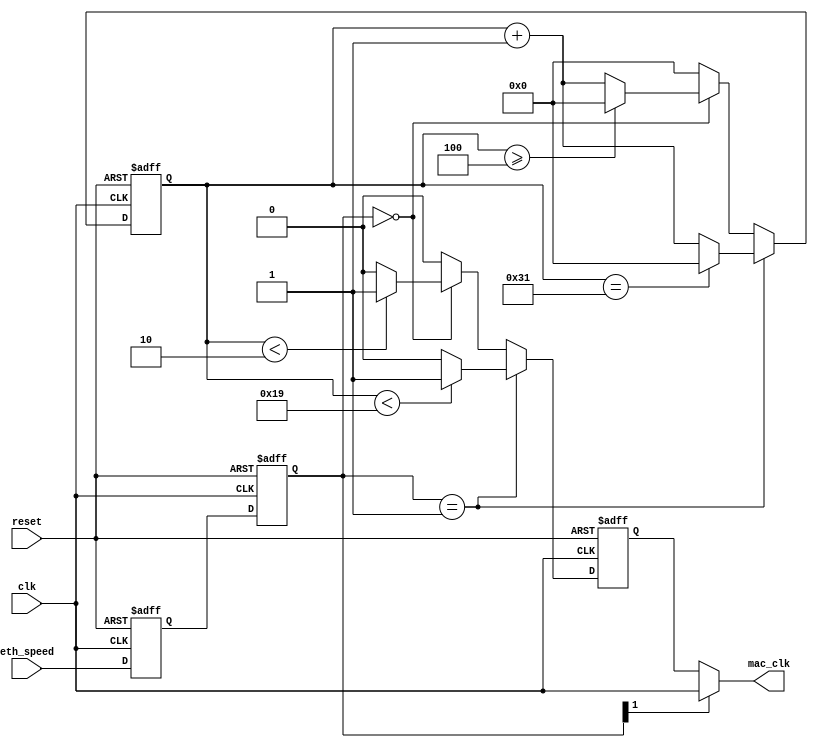
module rgmii_clk_div (

   reset,
   clk,
   eth_speed,
   mac_clk);
   
input   reset;                  //  Asynchronous Reset
input   clk;                    //  125MHz Reference Clock
input   [1:0] eth_speed;        //  Speed Selection   
output  mac_clk;                //  MAC Clock

reg     mac_clk/* synthesis ALTERA_ATTRIBUTE="PRESERVE_REGISTER=ON" */; 
reg     [1:0] eth_speed_reg1; 
reg     [1:0] eth_speed_reg2; 
reg     [5:0] clk_cnt; 
reg     clk_int; 

always @(posedge reset or posedge clk)
   begin : process_1
   if (reset == 1'b 1)
      begin
      eth_speed_reg1 <= 2'b 10;   
      eth_speed_reg2 <= 2'b 10;   
      end
   else
      begin
      eth_speed_reg1 <= eth_speed;   
      eth_speed_reg2 <= eth_speed_reg1;   
      end
   end

always @(posedge reset or posedge clk)
   begin : process_2
   if (reset == 1'b 1)
      begin
      clk_cnt <= {6{1'b 0}};   
      end
   else
      begin
      if (eth_speed_reg2 == 1'b 01)
         begin
         if (clk_cnt == 6'd 49)
            begin
            clk_cnt <= {6{1'b 0}};   
            end
         else
            begin
            clk_cnt <= clk_cnt + 6'h 1;   
            end
         end
      else if (eth_speed_reg2 == 2'b 00 )
         begin
         if (clk_cnt >= 6'h 4)
            begin
            clk_cnt <= {6{1'b 0}};   
            end
         else
            begin
            clk_cnt <= clk_cnt + 6'h 1;   
            end
         end
      else
         begin
         clk_cnt <= {6{1'b 0}};   
         end
      end
   end

always @(posedge reset or posedge clk)
   begin : process_3
   if (reset == 1'b 1)
      begin
      clk_int <= 1'b 0;   
      end
   else
      begin
      if (eth_speed_reg2 == 2'b 01)
         begin
         if (clk_cnt < 6'h 19)
            begin
            clk_int <= 1'b 1;   
            end
         else
            begin
            clk_int <= 1'b 0;   
            end
         end
      else if (eth_speed_reg2 == 2'b 00 )
         begin
         if (clk_cnt < 6'h 2)
            begin
            clk_int <= 1'b 1;   
            end
         else
            begin
            clk_int <= 1'b 0;   
            end
         end
      else
         begin
         clk_int <= 1'b 0;   
         end
      end
   end

//  Clock MUX
//  ---------        

always @(clk_int or clk or eth_speed_reg2[1])
   begin : process_4
   if (eth_speed_reg2[1] == 1'b 1)
      begin
      mac_clk <= clk;   
      end
   else
      begin
      mac_clk <= clk_int;   
      end
   end

endmodule